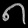
Digit: ၈